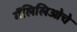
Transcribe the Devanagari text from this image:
गॅलिलिओचे